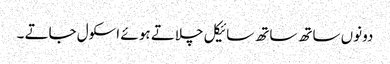
دونوں ساتھ ساتھ سائیکل چلاتے ہو ئے اسکول جاتے ۔